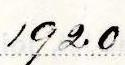
1920